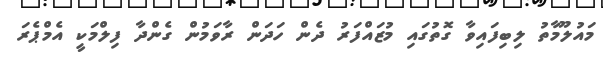
މައުލޫމާތު ލިބިފައިވާ ގޮތުގައި މުޒައްފަރު ދެން ހަދަން ރާވަމުން ގެންދާ ފިލްމަކީ އެމްޕެރަ